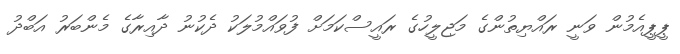
ޕީޕީއެމުން ވަނީ ރައްޔިތުންގެ މަޖިލީހުގެ ރައީސްކަަމަށް ފުވައްމުލަކު ދެކުނު ދާއިރާގެ މެންބަރު އަބްދު